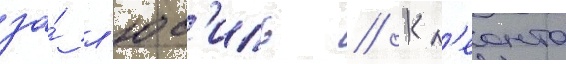
за́ л'юс'иль // Кл'еонта